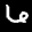
Label: 6